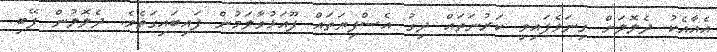
އެއާއެކު ދެލޮލަށް ގިނަވެފައިވި ކަރުނަތައް ދިގު އެސްފިޔަތައް ފޫއަޅުވާލަމުން ފައިބައިގަތެވެ. ދެލޮލުން ފޭބި